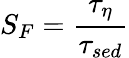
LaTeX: S_{F}=\frac{\tau_{\eta}}{\tau_{\textit{sed}}}